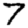
Digit: 7